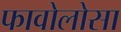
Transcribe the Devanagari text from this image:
फावोलोसा